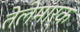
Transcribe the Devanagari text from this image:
तेलेमार्क